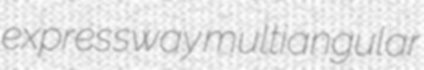
expressway multiangular